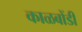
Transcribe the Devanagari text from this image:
काळबोंडी